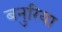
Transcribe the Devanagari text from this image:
बनुरिया